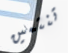
تنتمين